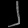
Digit: ၂